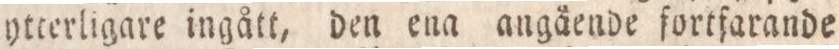
ytterligare ingått, den ena angående fortfarande